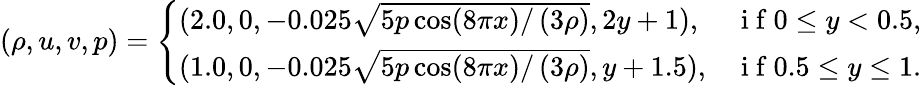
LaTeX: (\rho,u,v,p)=\left\{ \begin{array}{ll}{(2.0,0,-0.025\sqrt{5p\cos(8\pi x)/\left(3\rho\right)},2y+1),}&{\mathrm{~i~f~}0\leq y<0.5,}\\ {(1.0,0,-0.025\sqrt{5p\cos(8\pi x)/\left(3\rho\right)},y+1.5),}&{\mathrm{~i~f~}0.5\leq y\leq 1.}\end{array}\right.